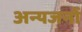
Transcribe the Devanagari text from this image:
अन्यजनों